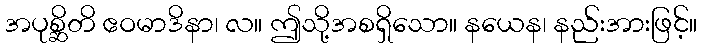
အပုစ္ဆိတိ ဧဝမာဒိနာ၊ လ။ ဤသို့အစရှိသော။ နယေန၊ နည်းအားဖြင့်။